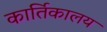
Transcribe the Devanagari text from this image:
कार्तिकालय